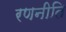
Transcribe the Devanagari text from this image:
रणनीति